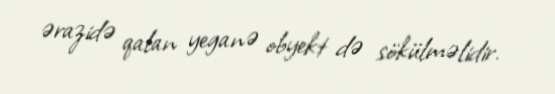
ərazidə qalan yeganə obyekt də sökülməlidir.